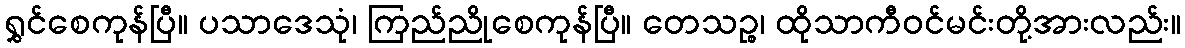
ရွှင်စေကုန်ပြီ။ ပသာဒေသုံ၊ ကြည်ညိုစေကုန်ပြီ။ တေသဉ္စ၊ ထိုသာကီဝင်မင်းတို့အားလည်း။